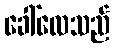
ခေါ်လေသည်